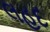
લહદ